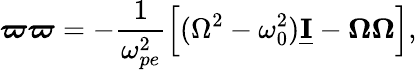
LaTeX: \boldsymbol\varpi\boldsymbol\varpi=-\frac{1}{\omega_{pe}^{2}}\Big[(\Omega^{2}-\omega_{0}^{2})\underline{{\mathbf I}}-\boldsymbol\Omega\boldsymbol\Omega\Big],